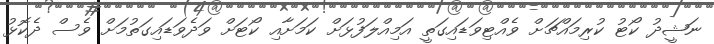
ނަޝީދު ކޯޓު ކުރިމައްޗަށް ވެއްޓިވަޑައިގަތީ އަމިއްލަފުޅަށް ކަމަށާއި ކޯޓަށް ވަދެވަޑައިގަތުމަށް ވެސް ދެކޮޅު